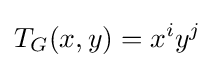
T_{G}(x,y)=x^{i}y^{j}